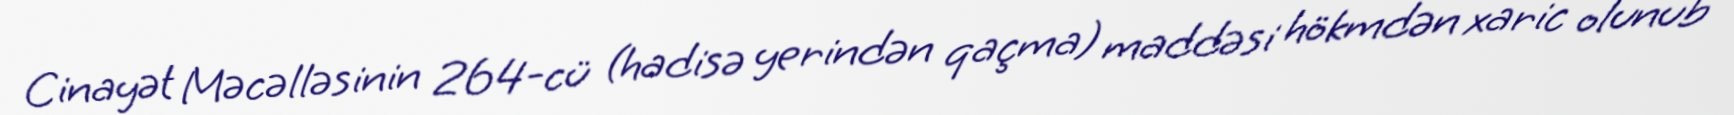
Cinayət Məcəlləsinin 264-cü (hadisə yerindən qaçma) maddəsi hökmdən xaric olunub